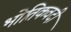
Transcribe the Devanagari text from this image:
भोतिकवदी